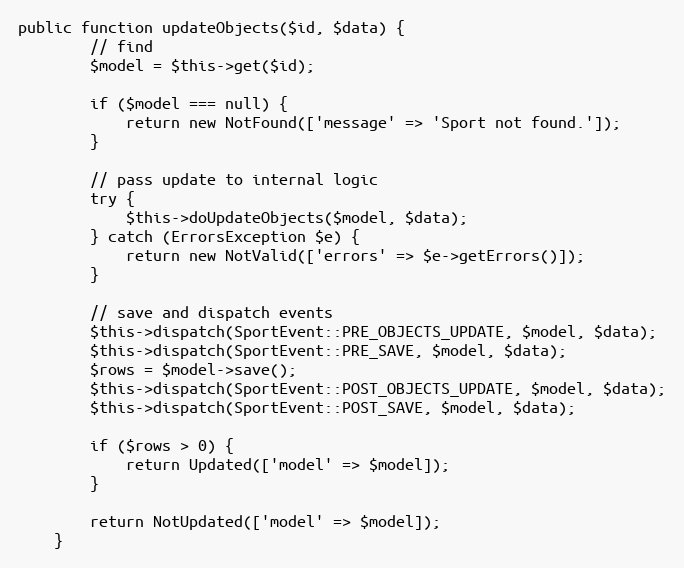
Language: PHP
public function updateObjects($id, $data) {
		// find
		$model = $this->get($id);

		if ($model === null) {
			return new NotFound(['message' => 'Sport not found.']);
		}

		// pass update to internal logic
		try {
			$this->doUpdateObjects($model, $data);
		} catch (ErrorsException $e) {
			return new NotValid(['errors' => $e->getErrors()]);
		}

		// save and dispatch events
		$this->dispatch(SportEvent::PRE_OBJECTS_UPDATE, $model, $data);
		$this->dispatch(SportEvent::PRE_SAVE, $model, $data);
		$rows = $model->save();
		$this->dispatch(SportEvent::POST_OBJECTS_UPDATE, $model, $data);
		$this->dispatch(SportEvent::POST_SAVE, $model, $data);

		if ($rows > 0) {
			return Updated(['model' => $model]);
		}

		return NotUpdated(['model' => $model]);
	}